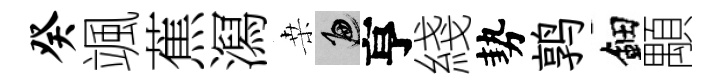
癸颯蕉㵼桒遍亨綫勢鹑鈿顒